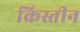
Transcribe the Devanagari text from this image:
क्रिस्तीन